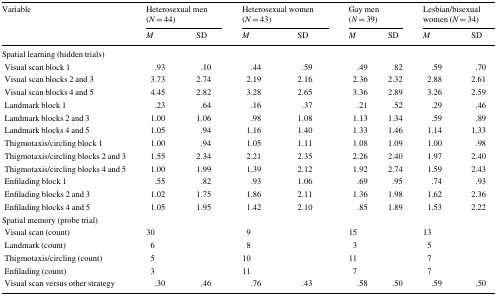
<table><thead><tr><td rowspan="2"><b>Variable</b></td><td colspan="2"><b>Heterosexual men (<i>N</i> = 44)</b></td><td colspan="2"><b>Heterosexual women (<i>N</i> = 43)</b></td><td colspan="2"><b>Gay men (<i>N</i> = 39)</b></td><td colspan="2"><b>Lesbian/bisexual women (<i>N</i> = 34)</b></td></tr><tr><td><b><i>M</i></b></td><td><b>SD</b></td><td><b><i>M</i></b></td><td><b>SD</b></td><td><b><i>M</i></b></td><td><b>SD</b></td><td><b><i>M</i></b></td><td><b>SD</b></td></tr></thead><tbody><tr><td colspan="9">Spatial learning (hidden trials)</td></tr><tr><td> Visual scan block 1</td><td>.93</td><td>.10</td><td>.44</td><td>.59</td><td>.49</td><td>.82</td><td>.59</td><td>.70</td></tr><tr><td> Visual scan blocks 2 and 3</td><td>3.73</td><td>2.74</td><td>2.19</td><td>2.16</td><td>2.36</td><td>2.32</td><td>2.88</td><td>2.61</td></tr><tr><td> Visual scan blocks 4 and 5</td><td>4.45</td><td>2.82</td><td>3.28</td><td>2.65</td><td>3.36</td><td>2.89</td><td>3.26</td><td>2.59</td></tr><tr><td> Landmark block 1</td><td>.23</td><td>.64</td><td>.16</td><td>.37</td><td>.21</td><td>.52</td><td>.29</td><td>.46</td></tr><tr><td> Landmark blocks 2 and 3</td><td>1.00</td><td>1.06</td><td>.98</td><td>1.08</td><td>1.13</td><td>1.34</td><td>.59</td><td>.89</td></tr><tr><td> Landmark blocks 4 and 5</td><td>1.05</td><td>.94</td><td>1.16</td><td>1.40</td><td>1.33</td><td>1.46</td><td>1.14</td><td>1.33</td></tr><tr><td> Thigmotaxis/circling block 1</td><td>1.00</td><td>.94</td><td>1.05</td><td>1.11</td><td>1.08</td><td>1.09</td><td>1.00</td><td>.98</td></tr><tr><td> Thigmotaxis/circling blocks 2 and 3</td><td>1.55</td><td>2.34</td><td>2.21</td><td>2.35</td><td>2.26</td><td>2.40</td><td>1.97</td><td>2.40</td></tr><tr><td> Thigmotaxis/circling blocks 4 and 5</td><td>1.00</td><td>1.99</td><td>1.39</td><td>2.12</td><td>1.92</td><td>2.74</td><td>1.59</td><td>2.43</td></tr><tr><td> Enfilading block 1</td><td>.55</td><td>.82</td><td>.93</td><td>1.06</td><td>.69</td><td>.95</td><td>.74</td><td>.93</td></tr><tr><td> Enfilading blocks 2 and 3</td><td>1.02</td><td>1.75</td><td>1.86</td><td>2.11</td><td>1.36</td><td>1.98</td><td>1.62</td><td>2.36</td></tr><tr><td> Enfilading blocks 4 and 5</td><td>1.05</td><td>1.95</td><td>1.42</td><td>2.10</td><td>.85</td><td>1.89</td><td>1.53</td><td>2.22</td></tr><tr><td colspan="9">Spatial memory (probe trial)</td></tr><tr><td> Visual scan (count)</td><td>30</td><td></td><td>9</td><td></td><td>15</td><td></td><td>13</td><td></td></tr><tr><td> Landmark (count)</td><td>6</td><td></td><td>8</td><td></td><td>3</td><td></td><td>5</td><td></td></tr><tr><td> Thigmotaxis/circling (count)</td><td>5</td><td></td><td>10</td><td></td><td>11</td><td></td><td>7</td><td></td></tr><tr><td> Enfilading (count)</td><td>3</td><td></td><td>11</td><td></td><td>7</td><td></td><td>7</td><td></td></tr><tr><td> Visual scan versus other strategy</td><td>.30</td><td>.46</td><td>.76</td><td>.43</td><td>.58</td><td>.50</td><td>.59</td><td>.50</td></tr></tbody></table>